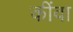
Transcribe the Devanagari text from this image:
कींवा